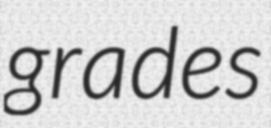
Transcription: grades